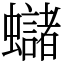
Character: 蠩